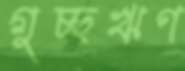
গুচ্ছঋণ